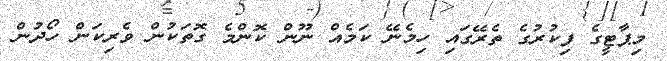
މިޕާޓީގެ ފިކުރުގެ ތެރޭގައި ހިމެނޭ ކަމެއް ނޫން ކޮންމެ ގޮތަކުން ވެރިކަން ހޯދުން